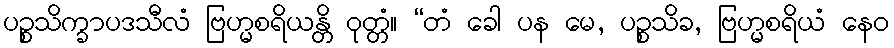
ပဉ္စသိက္ခာပဒသီလံ ဗြဟ္မစရိယန္တိ ဝုတ္တံ။ “တံ ခေါ ပန မေ, ပဉ္စသိခ, ဗြဟ္မစရိယံ နေဝ